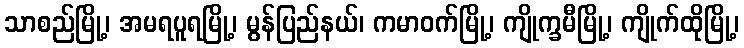
သာစည်မြို့၊ အမရပူရမြို့၊ မွန်ပြည်နယ်၊ ကမာဝက်မြို့၊ ကျိုက္ခမီမြို့၊ ကျိုက်ထိုမြို့၊